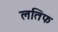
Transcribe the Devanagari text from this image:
लतिफ